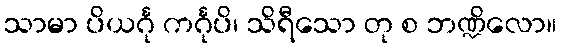
သာမာ ပိယင်္ဂု ကင်္ဂုပိ၊ သိရီသော တု စ ဘဏ္ဍိလော။